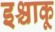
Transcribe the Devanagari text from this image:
इश्चाकू